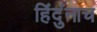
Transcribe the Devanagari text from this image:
हिंदुंनाच